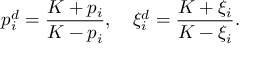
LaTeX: p _ { i } ^ { d } = { \frac { K + p _ { i } } { K - p _ { i } } } , \quad \xi _ { i } ^ { d } = { \frac { K + \xi _ { i } } { K - \xi _ { i } } } .